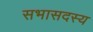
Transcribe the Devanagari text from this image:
सभासदस्य